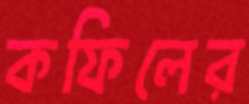
কফিলের